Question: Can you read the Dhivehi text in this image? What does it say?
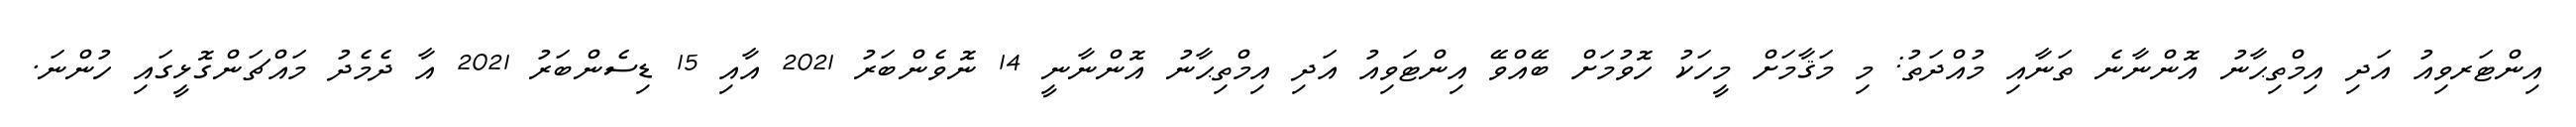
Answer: އިންޓަރވިއު އަދި އިމްތިޙާނު އޮންނާނެ ތަނާއި މުއްދަތު: މި މަޤާމަށް މީހަކު ހޮވުމަށް ބޭއްވޭ އިންޓަވިއު އަދި އިމްތިޙާނު އޮންނާނީ 14 ނޮވެންބަރު 2021 އާއި 15 ޑިސެންބަރު 2021 އާ ދެމެދު މައްޗަންގޮޅީގައި ހުންނަ.